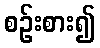
စဉ်းစား၍